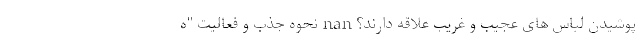
پوشیدن لباس های عجیب و غریب علاقه دارند؟ nan نحوه جذب و فعالیت "ه